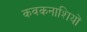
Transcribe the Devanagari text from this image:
कवकनाशियों